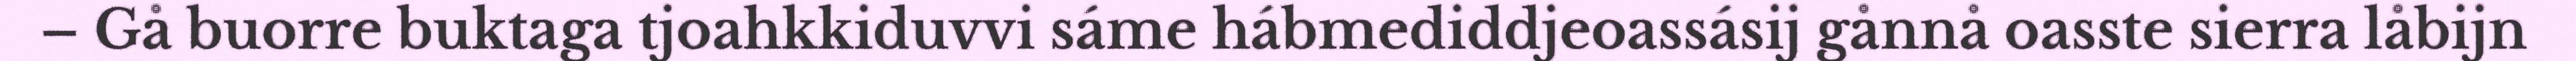
– Gå buorre buktaga tjoahkkiduvvi sáme hábmediddjeoassásij gånnå oasste sierra låbijn